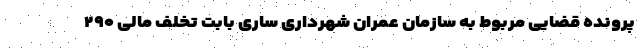
پرونده قضایی مربوط به سازمان عمران شهرداری ساری بابت تخلف مالی ۲۹۰